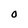
Character: O